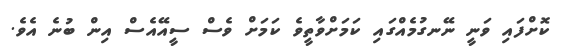
ކޮށްފައި ވަނީ ނޭނގުމެއްގައި ކަމަށްވާތީވެ ކަމަށް ވެސް ސީއޭއެސް އިން ބުނެ އެވެ.